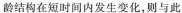
龄结构在短时间内发生变化，则与此